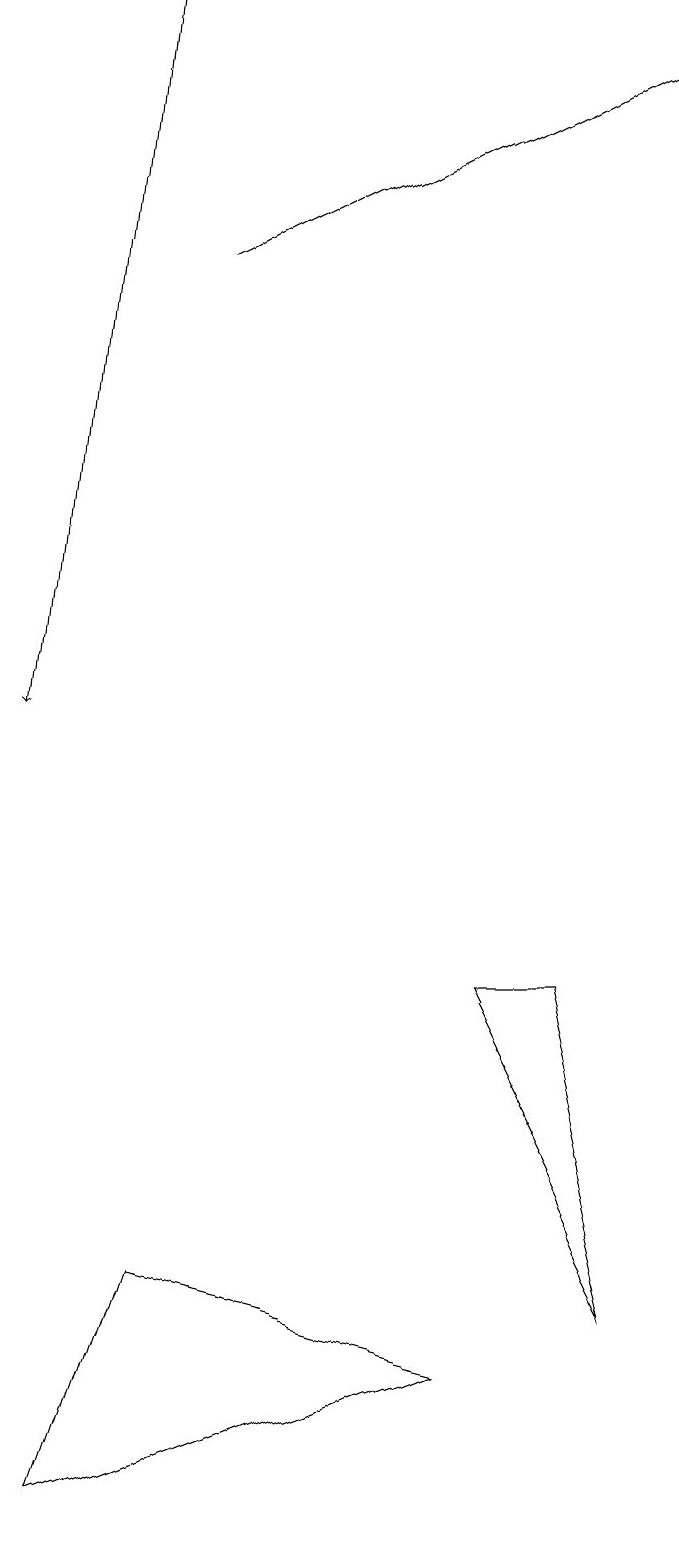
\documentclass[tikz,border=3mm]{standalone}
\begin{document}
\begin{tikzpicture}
\draw (6,7) -- (8,3) -- (7,7) -- cycle;
\draw[->] (2,16) -- (8,19);
\draw (2,3) -- (1,0) -- (6,2) -- cycle;
\draw[->] (1,19) -- (0,10);
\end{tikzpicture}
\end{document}